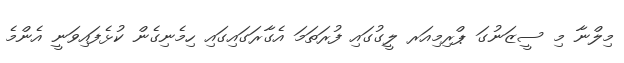
މިލްނާ މި ސީޒަނުގަ ޕްރިމިއަރ ލީގުގައި ފުރަތަމަ އެގާރަގައިގައި ހިމެނިގެން ކުޅެފައިވަނީ އެންމެ